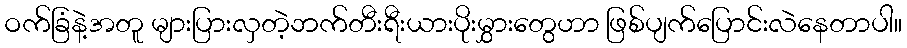
ဝက်ခြံနဲ့အတူ များပြားလှတဲ့ဘက်တီးရီးယားပိုးမွှားတွေဟာ ဖြစ်ပျက်ပြောင်းလဲနေတာပါ။